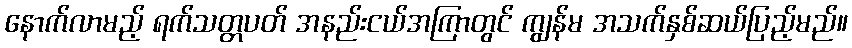
နောက်လာမည့် ရက်သတ္တပတ် အနည်းငယ်အကြာတွင် ကျွန်မ အသက်နှစ်ဆယ်ပြည့်မည်။